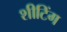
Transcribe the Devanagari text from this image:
शीटिंग